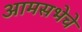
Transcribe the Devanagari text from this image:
आमसभेचे